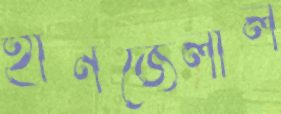
হানজেলাল